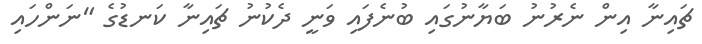
ޗައިނާ އިން ނެރުނު ބަޔާނުގައި ބުނެފައި ވަނީ ދެކުނު ޗައިނާ ކަނޑުގެ "ނަންހައި